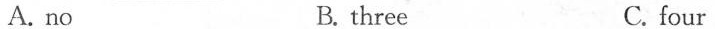
A. no B. three C. four